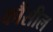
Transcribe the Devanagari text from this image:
कौंसील